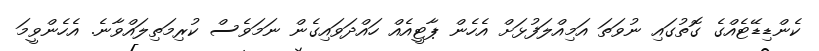
ކެންޑިޑޭޓެއްގެ ގޮތުގައި ނުވަތަ އަމިއްލަފުޅަށް އެހެން ޕާޓީއެއް ހައްދަވައިގެން ނަމަވެސް ކުރިމަތިލައްވާނެ. އެހެންވީމަ